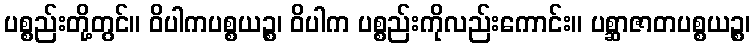
ပစ္စည်းတို့တွင်။ ဝိပါကပစ္စယဉ္စ၊ ဝိပါက ပစ္စည်းကိုလည်းကောင်း။ ပစ္ဆာဇာတပစ္စယဉ္စ၊